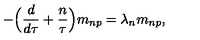
- \Bigr ( { \frac { d } { d \tau } } + { \frac { n } { \tau } } \Bigr ) m _ { n p } = \lambda _ { n } m _ { n p } ,